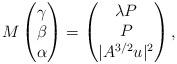
LaTeX: \begin{align*}M\begin{pmatrix}\gamma\\\beta\\\alpha\\\end{pmatrix}=\begin{pmatrix}\lambda P\\P\\|A^{3/2}u|^2\end{pmatrix},\end{align*}